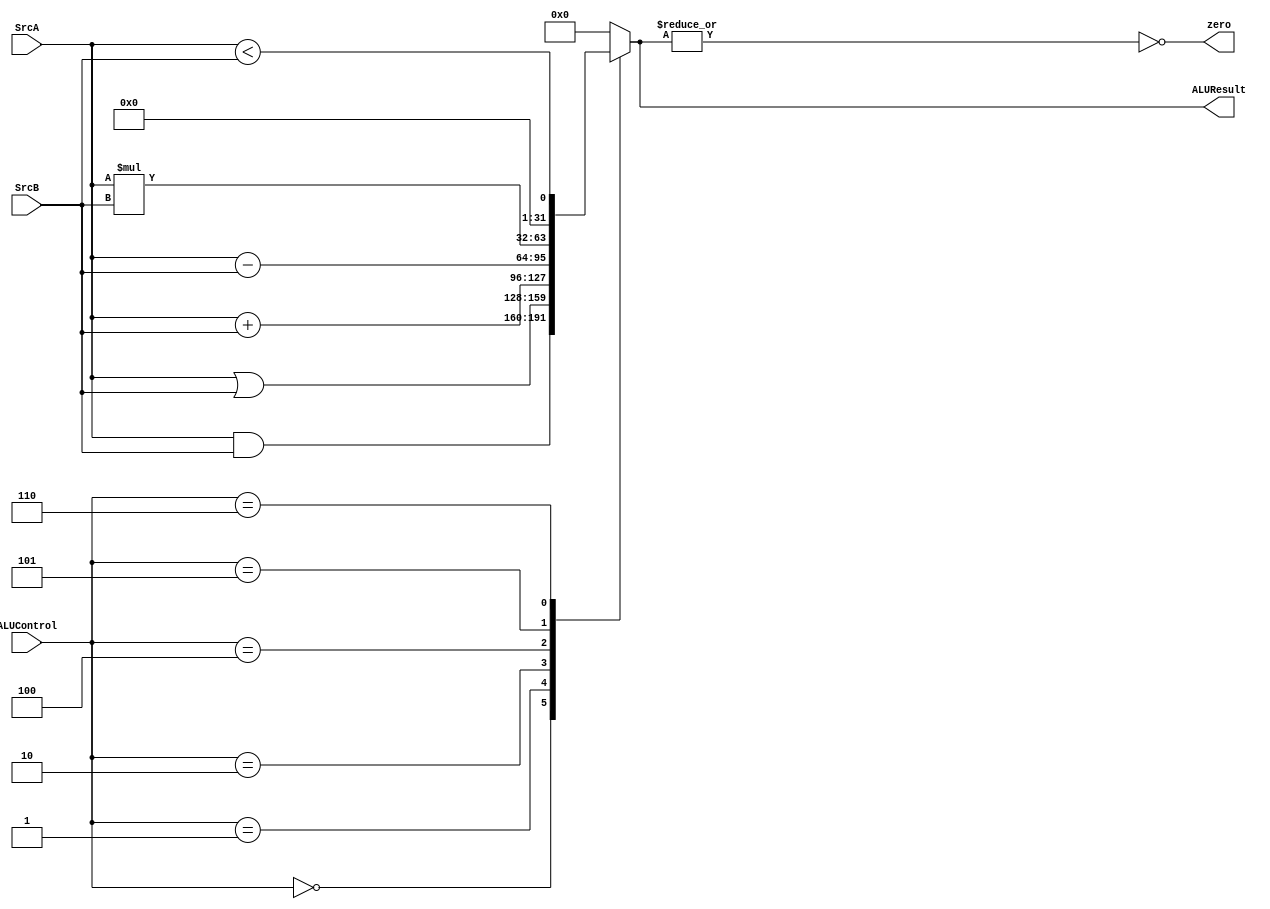
`timescale 1ns / 1ps
//////////////////////////////////////////////////////////////////////////////////
// Company: 
// Engineer: 
// 
// Design Name: 
// Module Name: ALU
// Project Name: 
// Target Devices: 
// Tool Versions: 
// Description: 
// 
// Dependencies: 
// 
// Revision:
// Revision 0.01 - File Created
// Additional Comments:
// 
//////////////////////////////////////////////////////////////////////////////////


module ALU(
    input[31:0] SrcA,SrcB,
    input [2:0] ALUControl,
    output reg [31:0] ALUResult,
    output reg zero
    );
    
    
    always@(*)
    begin
        case (ALUControl)
            3'b000:ALUResult = SrcA&SrcB;
                3'b001:ALUResult = SrcA|SrcB;
                3'b010:ALUResult = SrcA+SrcB;
                3'b100:ALUResult = SrcA-SrcB;
                3'b101:ALUResult = SrcA*SrcB;
                3'b110:ALUResult = (SrcA<SrcB);
            default:ALUResult =0;
        endcase
        zero =~|(ALUResult);
    end
endmodule